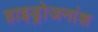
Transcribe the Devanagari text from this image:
हाइड्रोजनांश